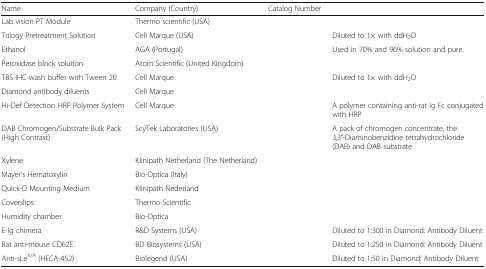
<table><thead><tr><td><b>Name</b></td><td><b>Company (Country)</b></td><td><b>Catalog Number</b></td><td>[EMPTY_CELL]</td></tr></thead><tbody><tr><td>Lab vision PT Module</td><td>Thermo scientific (USA)</td><td>[EMPTY_CELL]</td><td>[EMPTY_CELL]</td></tr><tr><td>Trilogy Pretreatment Solution</td><td>Cell Marque (USA)</td><td>[EMPTY_CELL]</td><td>Diluted to 1× with ddH<sub>2</sub>O</td></tr><tr><td>Ethanol</td><td>AGA (Portugal)</td><td>[EMPTY_CELL]</td><td>Used in 70% and 96% solution and pure.</td></tr><tr><td>Peroxidase block solution</td><td>Atom Scientific (United Kingdom)</td><td>[EMPTY_CELL]</td><td>[EMPTY_CELL]</td></tr><tr><td>TBS IHC wash buffer with Tween 20</td><td>Cell Marque</td><td>[EMPTY_CELL]</td><td>Diluted to 1× with ddH<sub>2</sub>O</td></tr><tr><td>Diamond antibody diluents</td><td>Cell Marque</td><td>[EMPTY_CELL]</td><td>[EMPTY_CELL]</td></tr><tr><td>Hi-Def Detection HRP Polymer System</td><td>Cell Marque</td><td>[EMPTY_CELL]</td><td>A polymer containing anti-rat Ig Fc conjugated with HRP</td></tr><tr><td>DAB Chromogen/Substrate Bulk Pack (High Contrast)</td><td>ScyTek Laboratories (USA)</td><td>[EMPTY_CELL]</td><td>A pack of chromogen concentrate, the 3,3′-Diaminobenzidine tetrahydrochloride (DAB) and DAB substrate</td></tr><tr><td>Xylene</td><td>Klinipath Netherland (The Netherland)</td><td>[EMPTY_CELL]</td><td>[EMPTY_CELL]</td></tr><tr><td>Mayer’s Hematoxylin</td><td>Bio-Optica (Italy)</td><td>[EMPTY_CELL]</td><td>[EMPTY_CELL]</td></tr><tr><td>Quick-D Mounting Medium</td><td>Klinipath Nederland</td><td>[EMPTY_CELL]</td><td>[EMPTY_CELL]</td></tr><tr><td>Coverslips</td><td>Thermo Scientific</td><td>[EMPTY_CELL]</td><td>[EMPTY_CELL]</td></tr><tr><td>Humidity chamber</td><td>Bio-Optica</td><td>[EMPTY_CELL]</td><td>[EMPTY_CELL]</td></tr><tr><td>E-Ig chimera</td><td>R&amp;D Systems (USA)</td><td>[EMPTY_CELL]</td><td>Diluted to 1:300 in Diamond: Antibody Diluent</td></tr><tr><td>Rat anti-mouse CD62E</td><td>BD Biosystems (USA)</td><td>[EMPTY_CELL]</td><td>Diluted to 1:250 in Diamond: Antibody Diluent</td></tr><tr><td>Anti-sLe<sup>X/A</sup> (HECA-452)</td><td>Biolegend (USA)</td><td>[EMPTY_CELL]</td><td>Diluted to 1:50 in Diamond: Antibody Diluent</td></tr></tbody></table>